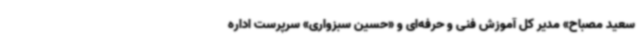
سعید مصباح» مدیر کل آموزش فنی و حرفه‌ای و «حسین سبزواری» سرپرست اداره